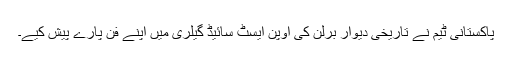
پاکستانی ٹیم نے تاریخی دیوار برلن کی اوپن ایسٹ سائیڈ گیلری میں اپنے فن پارے پیش کیے۔